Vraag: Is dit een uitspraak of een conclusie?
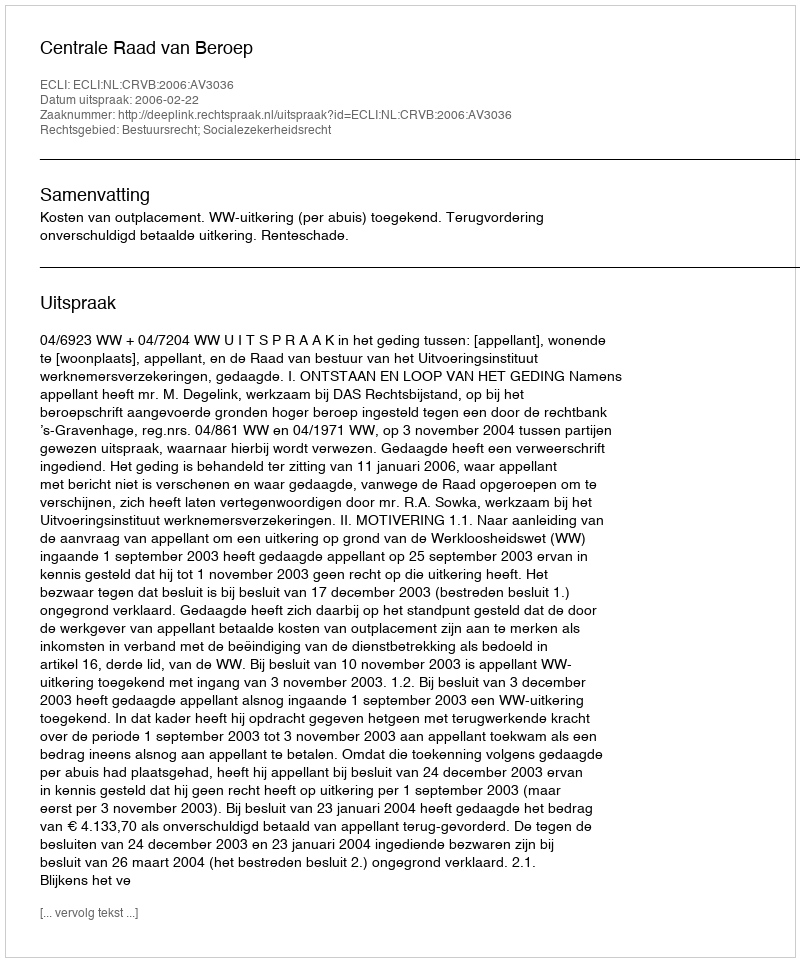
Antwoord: Uitspraak